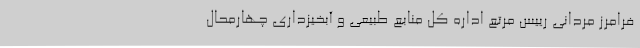
فرامرز مردانی رییس مرتع اداره کل منابع طبیعی و آبخیزداری چهارمحال